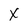
Character: x